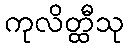
ကုလိတ္ထီသု